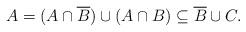
LaTeX: \begin{align*}A = (A \cap \overline B) \cup (A \cap B) \subseteq \overline B \cup C. \end{align*}